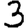
Digit: 3